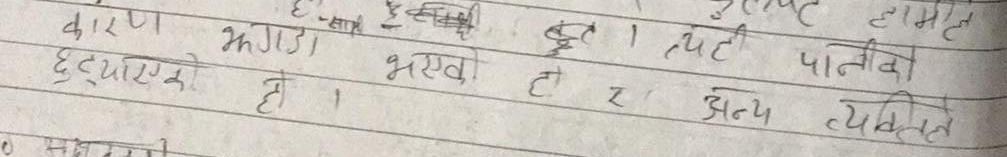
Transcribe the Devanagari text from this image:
कारण झगडा भएको हो । त्यहाँ पानीको हामले
छुट्याएको हो । र अन्य व्यक्तिले